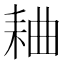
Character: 𫅻